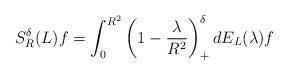
LaTeX: \begin{align*} S^{\delta}_R(L) f = \int_0^{R^2} \left(1-\frac{\lambda}{R^2}\right)^{\delta}_+dE_L(\lambda) f \end{align*}